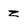
Character: z